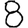
Digit: 8